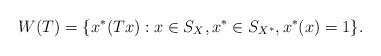
LaTeX: \begin{align*}W(T)=\{x^*(Tx):x \in S_X,x^* \in S_{X^*},x^*(x)=1\}.\end{align*}